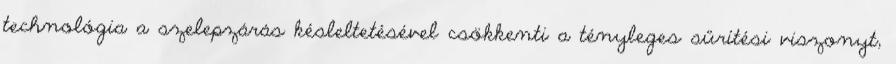
technológia a szelepzárás késleltetésével csökkenti a tényleges sűrítési viszonyt,